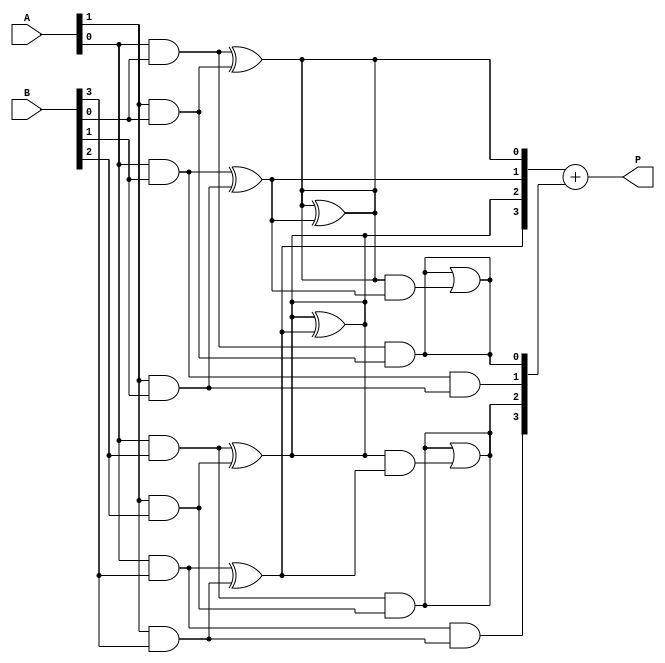
module dadda_multiplier #(parameter A_WIDTH = 4, B_WIDTH = 4)(
    input [A_WIDTH-1:0] A,
    input [B_WIDTH-1:0] B,
    output reg [A_WIDTH + B_WIDTH - 1:0] P
);

    // Generate partial products
    wire [A_WIDTH * B_WIDTH - 1:0] pp; // Partial products
    genvar i, j;
    generate
        for (i = 0; i < A_WIDTH; i = i + 1) begin : pp_gen
            for (j = 0; j < B_WIDTH; j = j + 1) begin : pp_gen_inner
                assign pp[i * B_WIDTH + j] = A[i] & B[j];
            end
        end
    endgenerate

    // Reduction tree
    wire [A_WIDTH * B_WIDTH - 1:0] sum;
    wire [A_WIDTH * B_WIDTH - 1:0] carry;
    
    // Stage 1: Reduce partial products
    // Example for 4x4 multiplier, adjust for larger sizes
    generate
        for (i = 0; i < A_WIDTH; i = i + 1) begin : reduction_stage1
            if (i < B_WIDTH) begin
                assign sum[i] = pp[i] ^ pp[i + B_WIDTH];
                assign carry[i] = pp[i] & pp[i + B_WIDTH];
            end
        end
    endgenerate

    // Stage 2: Further reduction
    generate
        for (i = 0; i < A_WIDTH; i = i + 2) begin : reduction_stage2
            if (i + 1 < B_WIDTH) begin
                assign sum[i] = sum[i] ^ sum[i + 1];
                assign carry[i] = carry[i] | (sum[i] & sum[i + 1]);
            end
        end
    endgenerate

    // Final addition of reduced partial products
    wire [A_WIDTH + B_WIDTH - 1:0] final_sum;
    wire [A_WIDTH + B_WIDTH - 1:0] final_carry;

    // Use a simple ripple carry adder for final addition
    assign final_sum = sum + carry;

    always @(*) begin
        P = final_sum; // Assign final product
    end

endmodule